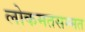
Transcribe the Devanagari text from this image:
लोकमतसम्मत